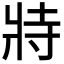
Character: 𭷅